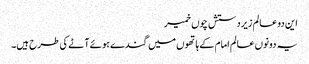
این دو عالم زیردستش چوں خمیر
یہ دونوں عالم امام کے ہاتھوں میں گندے ہوئے آٹے کی طرح ہیں۔